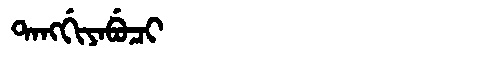
Manchu: ᡨᠠᠩᡤᡳᠶᠠᠪᡠᠴᡳ
Romanization: TANGGIYABUCI